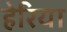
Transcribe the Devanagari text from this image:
हेरिया